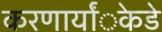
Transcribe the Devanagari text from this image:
करणार्यांेकडेे